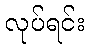
လုပ်ရင်း